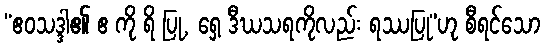
“ဧဝသဒ္ဒါ၏ ဧ ကို ရိ ပြု, ရှေ့ ဒီဃသရကိုလည်း ရဿပြု”ဟု စီရင်သော